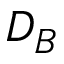
D _ { B }